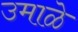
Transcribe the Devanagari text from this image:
उमाळे